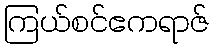
ကြယ်စင်ဧကရာဇ်